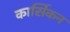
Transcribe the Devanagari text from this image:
कार्सिकन